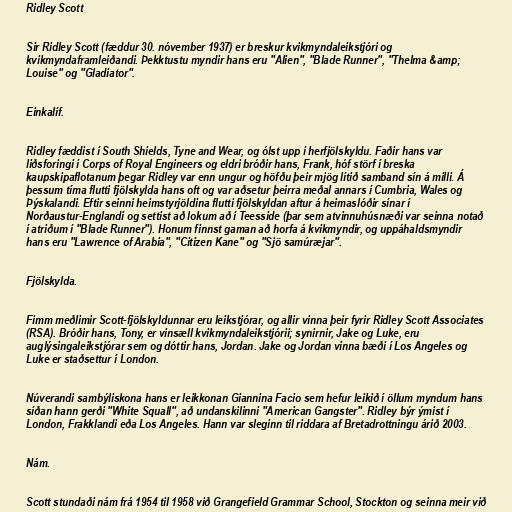
Ridley Scott

Sir Ridley Scott (fæddur 30. nóvember 1937) er breskur kvikmyndaleikstjóri og
kvikmyndaframleiðandi. Þekktustu myndir hans eru "Alien", "Blade Runner", "Thelma &amp;
Louise" og "Gladiator".

Einkalíf.

Ridley fæddist í South Shields, Tyne and Wear, og ólst upp í herfjölskyldu. Faðir hans var
liðsforingi í Corps of Royal Engineers og eldri bróðir hans, Frank, hóf störf í breska
kaupskipaflotanum þegar Ridley var enn ungur og höfðu þeir mjög lítið samband sín á milli. Á
þessum tíma flutti fjölskylda hans oft og var aðsetur þeirra meðal annars í Cumbria, Wales og
Þýskalandi. Eftir seinni heimstyrjöldina flutti fjölskyldan aftur á heimaslóðir sínar í
Norðaustur-Englandi og settist að lokum að í Teesside (þar sem atvinnuhúsnæði var seinna notað
í atriðum í "Blade Runner"). Honum finnst gaman að horfa á kvikmyndir, og uppáhaldsmyndir
hans eru "Lawrence of Arabia", "Citizen Kane" og "Sjö samúræjar".

Fjölskylda.

Fimm meðlimir Scott-fjölskyldunnar eru leikstjórar, og allir vinna þeir fyrir Ridley Scott Associates
(RSA). Bróðir hans, Tony, er vinsæll kvikmyndaleikstjórii; synirnir, Jake og Luke, eru
auglýsingaleikstjórar sem og dóttir hans, Jordan. Jake og Jordan vinna bæði í Los Angeles og
Luke er staðsettur í London.

Núverandi sambýliskona hans er leikkonan Giannina Facio sem hefur leikið í öllum myndum hans
síðan hann gerði "White Squall", að undanskilinni "American Gangster". Ridley býr ýmist í
London, Frakklandi eða Los Angeles. Hann var sleginn til riddara af Bretadrottningu árið 2003.

Nám.

Scott stundaði nám frá 1954 til 1958 við Grangefield Grammar School, Stockton og seinna meir við